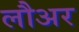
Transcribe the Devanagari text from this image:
लौअर